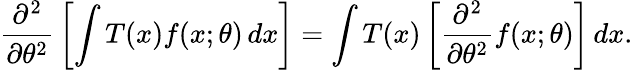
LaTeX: {\frac{\partial^{2}}{\partial\theta^{2}}}\left[\int T(x)f(x;\theta)\, dx\right]=\int T(x)\left[{\frac{\partial^{2}}{\partial\theta^{2}}}f(x;\theta)\right]\, dx.